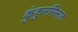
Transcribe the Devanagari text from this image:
कुंकुमसिनात